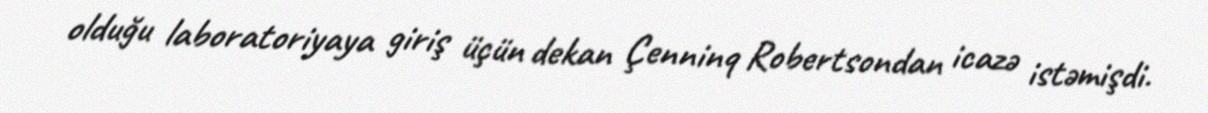
olduğu laboratoriyaya giriş üçün dekan Çenninq Robertsondan icazə istəmişdi.